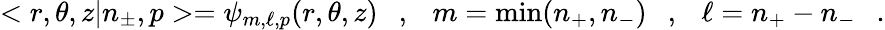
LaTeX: <r,\theta,z|n_{\pm},p>=\psi_{m,\ell,p}(r,\theta,z)\ \ \ ,\ \ \ m=\mathrm{min}(n_{+},n_{-})\ \ \ ,\ \ \ \ell=n_{+}-n_{-}\ \ \ .